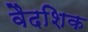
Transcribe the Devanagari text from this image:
वैदशिक